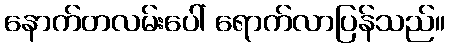
နောက်တလမ်းပေါ် ရောက်လာပြန်သည်။